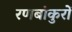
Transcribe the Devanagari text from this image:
रणबांकुरों